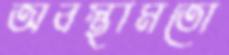
অবস্থামতো